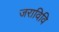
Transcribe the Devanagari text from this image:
जराविवि